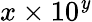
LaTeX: x\times10^{\mathit{y}}